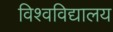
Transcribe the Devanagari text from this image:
विश्‍वविद्यालय